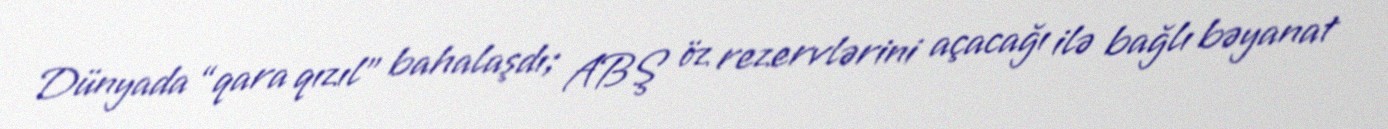
Dünyada “qara qızıl” bahalaşdı; ABŞ öz rezervlərini açacağı ilə bağlı bəyanat